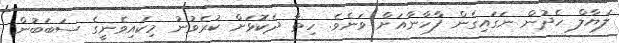
ލަޔާލް ހެދުން ނަގައިގެން ފާހާނާއަށް ވަނެވެ. ހިތާ ދެކޮޅަށް ކުރެވުނު މިކައިވެނީގެ ސަބަބުން